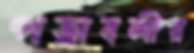
পত্রাবলীর